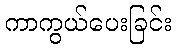
ကာကွယ်ပေးခြင်း